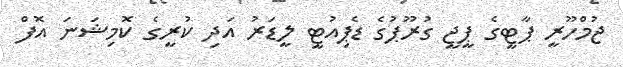
ޖުމްހޫރީ ޕާޓީގެ ޕީޖީ ގުރޫޕުގެ ޑެޕިއުޓީ ލީޑަރު އަދި ކުރީގެ ކޮމިޝަނަ އޮފް